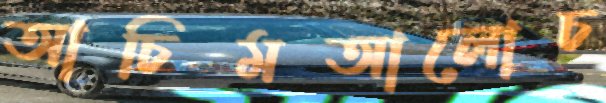
আচিমআলোচ